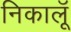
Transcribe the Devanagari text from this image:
निकालूॅ